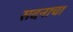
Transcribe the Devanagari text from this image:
सदनाचा